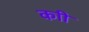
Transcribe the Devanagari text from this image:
काी